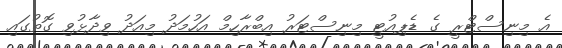
އެ މިނިސްޓްރީ ގެ ޑެޕިއުޓީ މިނިސްޓަރު އިބްރާހިމް އަހުމަދު މިއަދު ވިދާޅުވި ގޮތުގައި